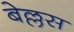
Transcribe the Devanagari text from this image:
बेल्लस